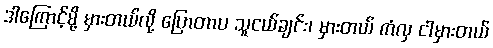
ဒါကြောင့်မို့ မှားတယ်လို့ ပြောတာပ သူငယ်ချင်း၊ မှားတယ် ကံလှ ငါမှားတယ်